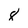
Character: 8